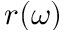
r ( \omega )